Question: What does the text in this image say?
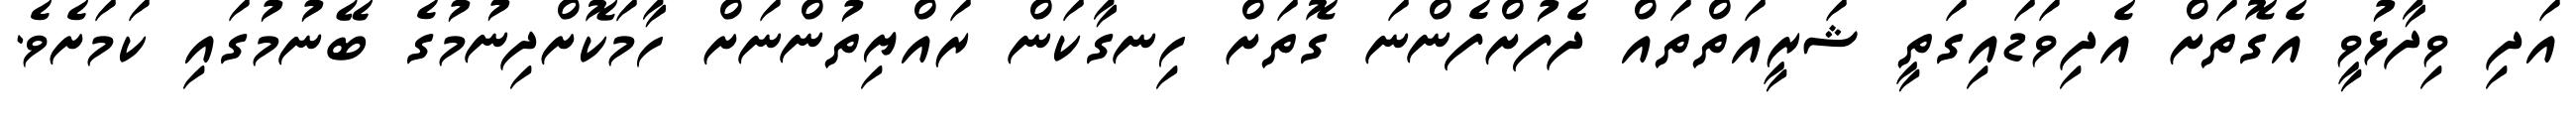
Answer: އަދި ވިދާޅުވީ އެގޮތަށް އެދިވަޑައިގަތީ ޝަރީއަތްތައް ދެފުށްފެންނަ ގޮތަށް ހިނގާކަން ރައްޔިތުންނަށް ހާމަކޮށްދިނުމުގެ ބޭނުމުގައި ކަމަށެވެ.